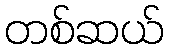
တစ်ဆယ်